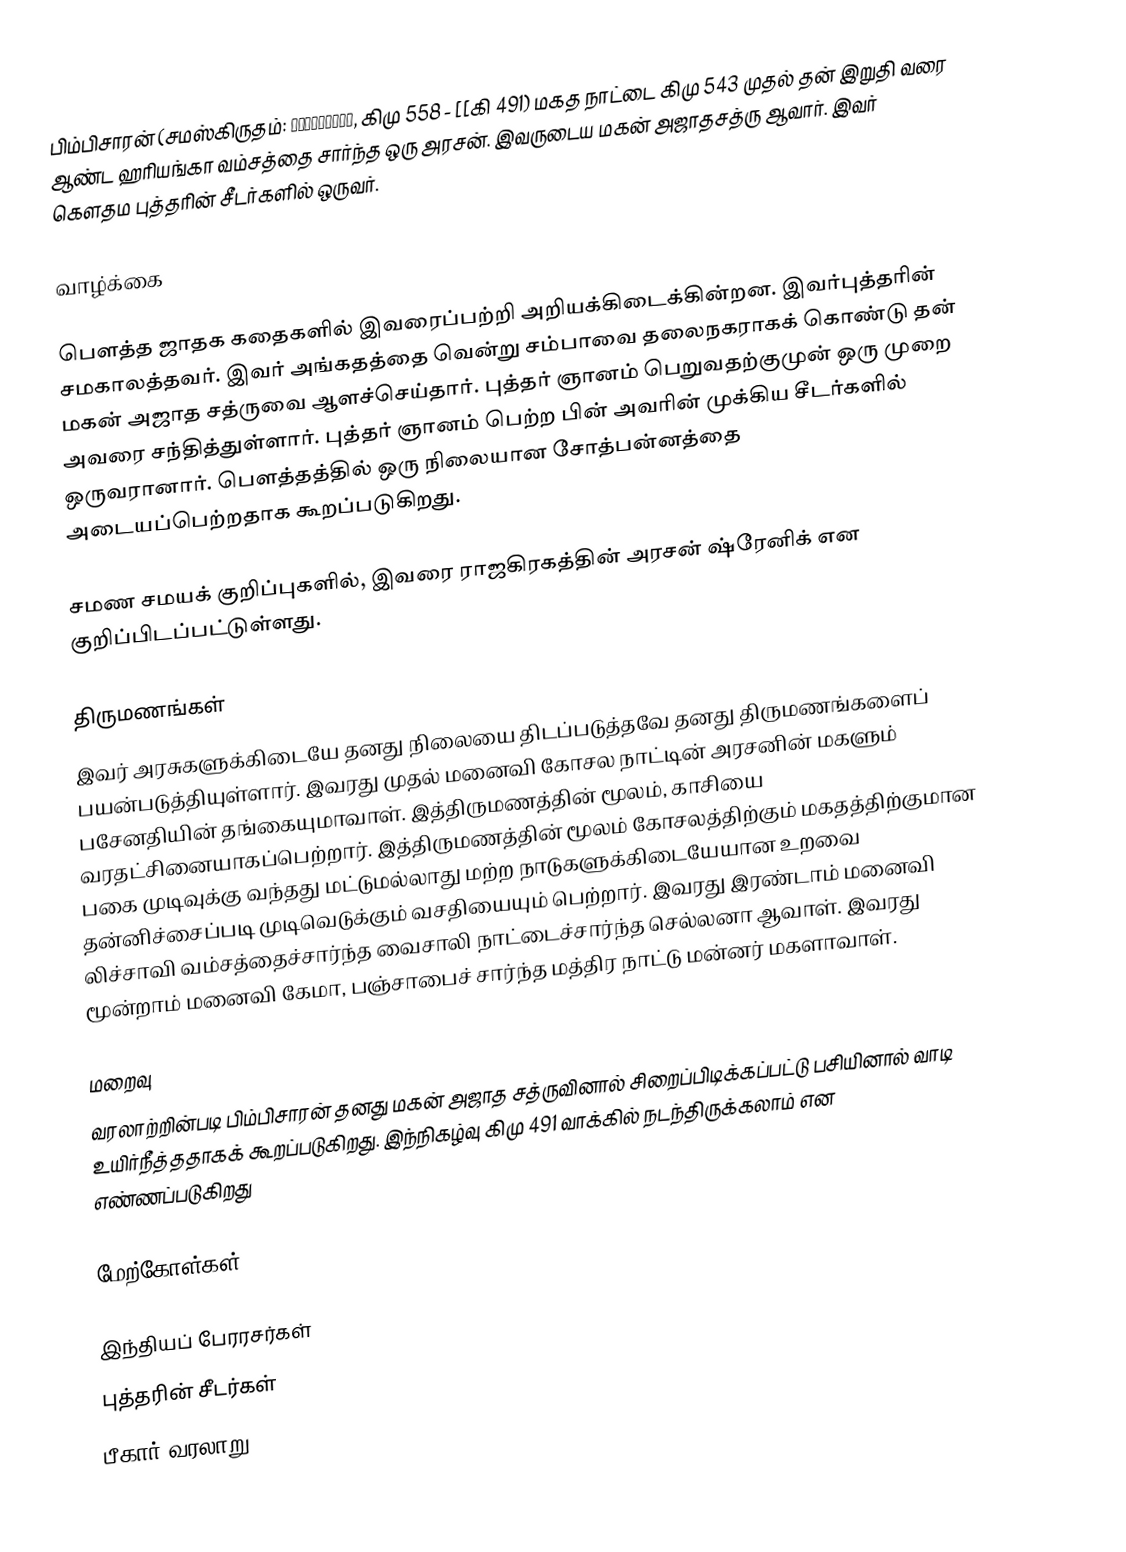
பிம்பிசாரன் (சமஸ்கிருதம்: बिम्भिसार, கிமு 558 - [[கி 491) மகத நாட்டை கிமு 543 முதல் தன் இறுதி வரை ஆண்ட ஹரியங்கா வம்சத்தை சார்ந்த ஒரு அரசன். இவருடைய மகன் அஜாதசத்ரு ஆவார். இவர் கௌதம புத்தரின் சீடர்களில் ஒருவர்.

வாழ்க்கை

பௌத்த ஜாதக கதைகளில் இவரைப்பற்றி அறியக்கிடைக்கின்றன. இவர்புத்தரின் சமகாலத்தவர். இவர் அங்கதத்தை வென்று சம்பாவை தலைநகராகக் கொண்டு தன் மகன் அஜாத சத்ருவை ஆளச்செய்தார். புத்தர் ஞானம் பெறுவதற்குமுன் ஒரு முறை அவரை சந்தித்துள்ளார். புத்தர் ஞானம் பெற்ற பின் அவரின் முக்கிய சீடர்களில் ஒருவரானார். பௌத்தத்தில் ஒரு நிலையான சோத்பன்னத்தை அடையப்பெற்றதாக கூறப்படுகிறது.

சமண சமயக் குறிப்புகளில், இவரை ராஜகிரகத்தின் அரசன் ஷ்ரேனிக் என குறிப்பிடப்பட்டுள்ளது.

திருமணங்கள்
இவர் அரசுகளுக்கிடையே தனது நிலையை திடப்படுத்தவே தனது திருமணங்களைப் பயன்படுத்தியுள்ளார். இவரது முதல் மனைவி கோசல நாட்டின் அரசனின் மகளும் பசேனதியின்  தங்கையுமாவாள். இத்திருமணத்தின் மூலம், காசியை வரதட்சினையாகப்பெற்றார். இத்திருமணத்தின் மூலம் கோசலத்திற்கும் மகதத்திற்குமான பகை முடிவுக்கு வந்தது மட்டுமல்லாது மற்ற நாடுகளுக்கிடையேயான உறவை தன்னிச்சைப்படி முடிவெடுக்கும் வசதியையும் பெற்றார். இவரது இரண்டாம் மனைவி லிச்சாவி வம்சத்தைச்சார்ந்த வைசாலி நாட்டைச்சார்ந்த செல்லனா ஆவாள். இவரது மூன்றாம் மனைவி கேமா, பஞ்சாபைச் சார்ந்த மத்திர நாட்டு மன்னர் மகளாவாள்.

மறைவு
வரலாற்றின்படி பிம்பிசாரன் தனது மகன் அஜாத சத்ருவினால் சிறைப்பிடிக்கப்பட்டு பசியினால் வாடி உயிர்நீத்ததாகக் கூறப்படுகிறது. இந்நிகழ்வு கிமு 491 வாக்கில் நடந்திருக்கலாம் என எண்ணப்படுகிறது

மேற்கோள்கள்

இந்தியப் பேரரசர்கள்
புத்தரின் சீடர்கள்
பீகார் வரலாறு